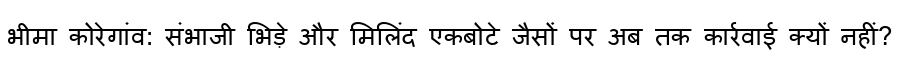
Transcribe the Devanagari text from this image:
भीमा कोरेगांव: संभाजी भिड़े और मिलिंद एकबोटे जैसों पर अब तक कार्रवाई क्यों नहीं?